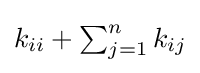
{\textstyle k_{ii}+\sum _{j=1}^{n}k_{ij}}